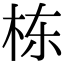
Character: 栋